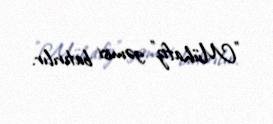
"Mühafiz" gəmisi batırılır.